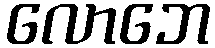
လောဘေ